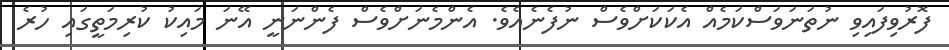
ފޮރުވިފައިވި ނުތަނަވަސްކަމެއް އެކަކަށްވެސް ނުފެނެއެވެ. އެންމެނަށްވެސް ފެންނަނީ އޭނަ މައިކު ކުރިމަތީގައި ހުރެ